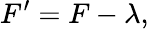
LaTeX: F^{\prime}=F-\lambda,